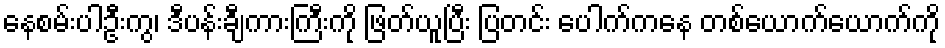
နေစမ်းပါဦးကွ၊ ဒီပန်းချီကားကြီးကို ဖြတ်ယူပြီး ပြတင်း ပေါက်ကနေ တစ်ယောက်ယောက်ကို